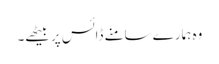
وہ ہمارے سامنے ڈائس پر بیٹھے۔